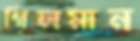
গিলমান